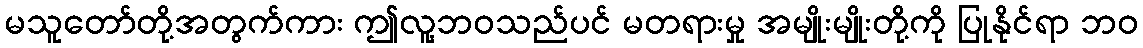
မသူတော်တို့အတွက်ကား ဤလူ့ဘဝသည်ပင် မတရားမှု အမျိုးမျိုးတို့ကို ပြုနိုင်ရာ ဘဝ